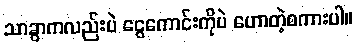
သာခွာကလည်းပဲ ငွေကောင်းကိုပဲ ဟောတဲ့စကားပါ။